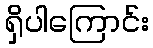
ရှိပါကြောင်း